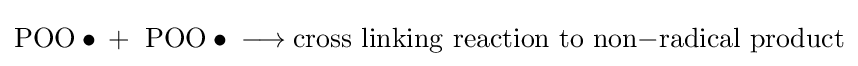
{\mathrm {POO} \bullet {}+{}\ \mathrm {POO} \bullet {}\mathrel {\longrightarrow } {}\mathrm {cross} \ \mathrm {linking} \ \mathrm {reaction} \ \mathrm {to} \ \mathrm {non} {-}\mathrm {radical} \ \mathrm {product} }